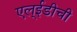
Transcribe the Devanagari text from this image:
एल्‌ईडीची